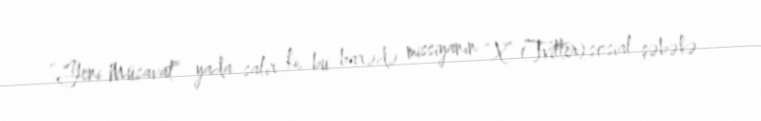
“Yeni Müsavat” yada salır ki, bu barədə missiyanın “X” (Tvitter) sosial şəbəkə